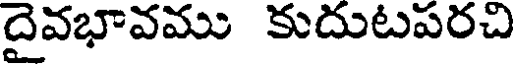
దైవభావము కుదుటపరచి